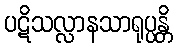
ပဋိသလ္လာနသာရုပ္ပန္တိ